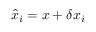
\hat { x } _ { i } = x + \delta x _ { i }